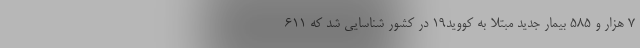
۷ هزار و ۵۸۵ بیمار جدید مبتلا به کووید۱۹ در کشور شناسایی شد که ۶۱۱